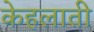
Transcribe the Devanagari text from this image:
केहलाती